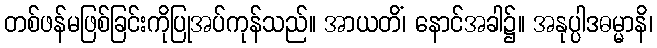
တစ်ဖန်မဖြစ်ခြင်းကိုပြုအပ်ကုန်သည်။ အာယတိံ၊ နောင်အခါ၌။ အနုပ္ပါဒဓမ္မာနိ၊